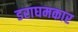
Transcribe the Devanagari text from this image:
डराघमकार